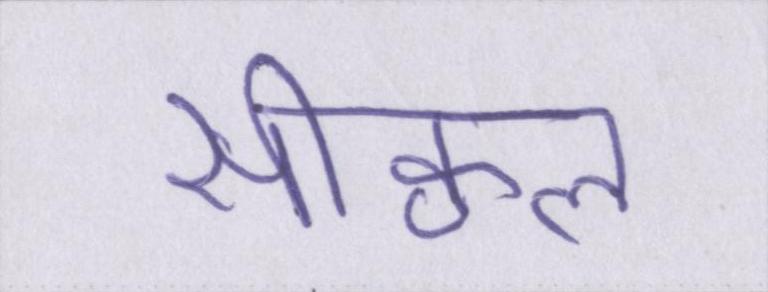
सीक्वल